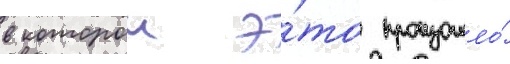
в которои э́то произошло́